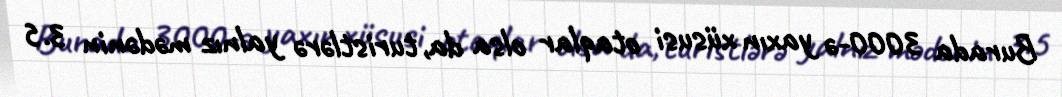
Burada 3000-ə yaxın xüsusi otaqlar olsa da, turistlərə yalnız mədənin 3.5